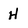
Character: H